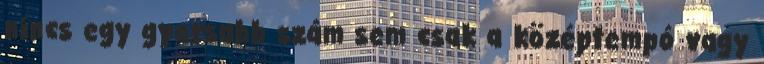
nincs egy gyorsabb szám sem csak a középtempó vagy